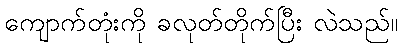
ကျောက်တုံးကို ခလုတ်တိုက်ပြီး လဲသည်။